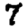
Digit: 7